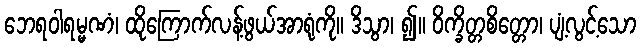
ဘေရဝါရမ္မဏံ၊ ထိုကြောက်လန့်ဖွယ်အာရုံကို။ ဒိသွာ၊ ၍။ ဝိက္ခိတ္တစိတ္တော၊ ပျံ့လွင့်သော